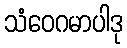
သံဝေဂမာပါဒု